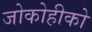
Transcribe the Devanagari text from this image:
जोकोहीको